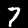
Label: 7